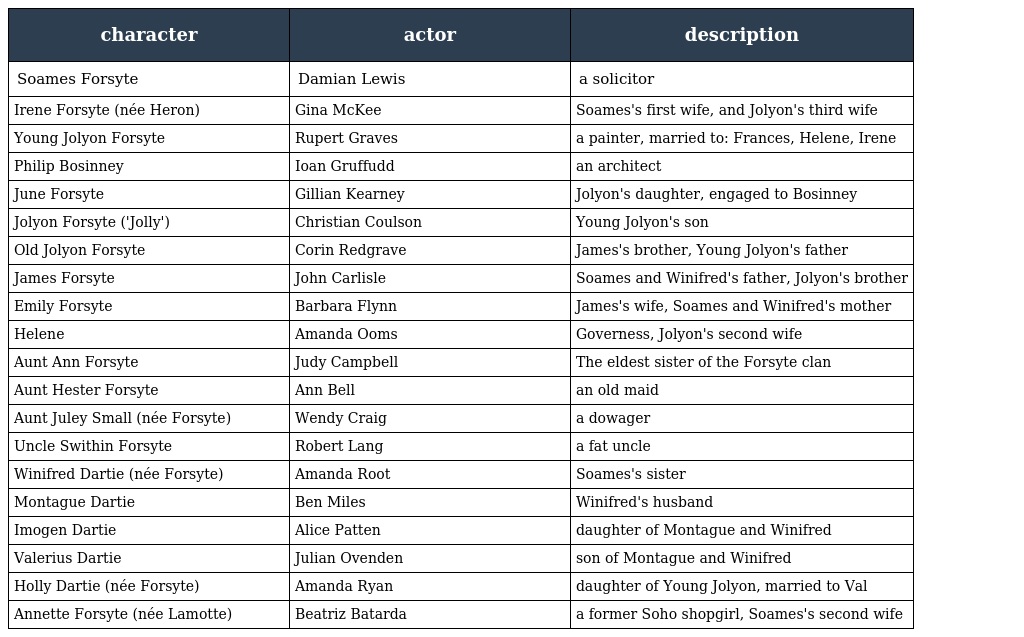
| character | actor | description |
 | --- | --- | --- |
 | Soames Forsyte | Damian Lewis | a solicitor |
 | Irene Forsyte (née Heron) | Gina McKee | Soames's first wife, and Jolyon's third wife |
 | Young Jolyon Forsyte | Rupert Graves | a painter, married to: Frances, Helene, Irene |
 | Philip Bosinney | Ioan Gruffudd | an architect |
 | June Forsyte | Gillian Kearney | Jolyon's daughter, engaged to Bosinney |
 | Jolyon Forsyte ('Jolly') | Christian Coulson | Young Jolyon's son |
 | Old Jolyon Forsyte | Corin Redgrave | James's brother, Young Jolyon's father |
 | James Forsyte | John Carlisle | Soames and Winifred's father, Jolyon's brother |
 | Emily Forsyte | Barbara Flynn | James's wife, Soames and Winifred's mother |
 | Helene | Amanda Ooms | Governess, Jolyon's second wife |
 | Aunt Ann Forsyte | Judy Campbell | The eldest sister of the Forsyte clan |
 | Aunt Hester Forsyte | Ann Bell | an old maid |
 | Aunt Juley Small (née Forsyte) | Wendy Craig | a dowager |
 | Uncle Swithin Forsyte | Robert Lang | a fat uncle |
 | Winifred Dartie (née Forsyte) | Amanda Root | Soames's sister |
 | Montague Dartie | Ben Miles | Winifred's husband |
 | Imogen Dartie | Alice Patten | daughter of Montague and Winifred |
 | Valerius Dartie | Julian Ovenden | son of Montague and Winifred |
 | Holly Dartie (née Forsyte) | Amanda Ryan | daughter of Young Jolyon, married to Val |
 | Annette Forsyte (née Lamotte) | Beatriz Batarda | a former Soho shopgirl, Soames's second wife |